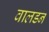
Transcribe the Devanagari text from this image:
वालडन